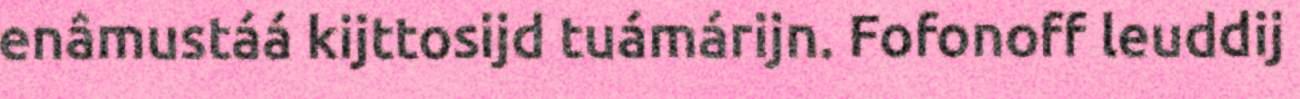
enâmustáá kijttosijd tuámárijn. Fofonoff leuddij